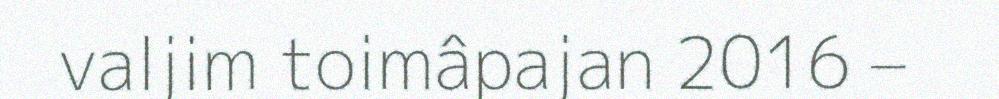
valjim toimâpajan 2016 –